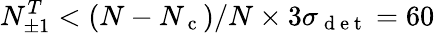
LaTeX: N_{\pm 1}^{T}<(N-N_{\mathrm{~c~}})/N\times 3\sigma_{\mathrm{~d~e~t~}}=60